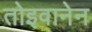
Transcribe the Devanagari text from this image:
तोइवानेन